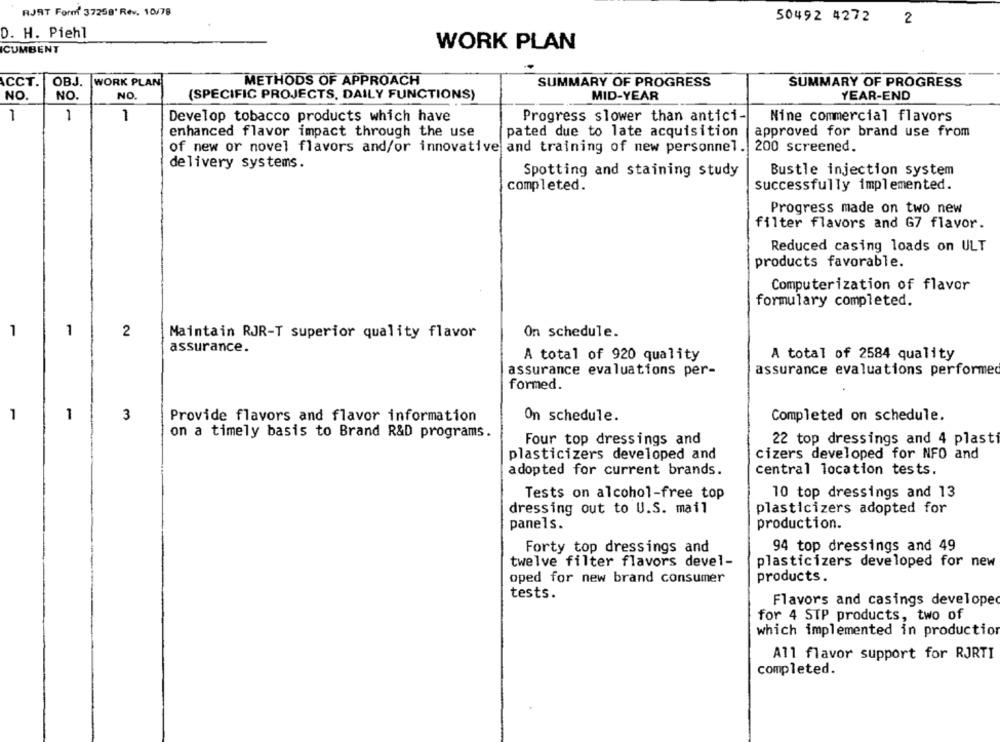
RJRT Form 37258' Rev. 10/78
50492 4272
2
D. H. Piehl
WORK PLAN
ICUMBENT
OBJ.
WORK PLAN
METHODS OF APPROACH
ACCT.
SUMMARY OF PROGRESS
SUMMARY OF PROGRESS
NO.
NO.
NO.
(SPECIFIC PROJECTS, DAILY FUNCTIONS)
MID-YEAR
YEAR-END
1
1
1
Develop tobacco products which have
Progress slower than antici-
Nine commercial flavors
enhanced flavor impact through the use
pated due to late acquisition
approved for brand use from
of new or novel flavors and/or innovative and training of new personnel. 200 screened.
delivery systems.
Spotting and staining study
Bustle injection system
successfully implemented.
completed.
Progress made on two new
filter flavors and G7 flavor.
Reduced casing loads on ULT
products favorable.
Computerization of flavor
formulary completed.
1
1
2
On schedule.
Maintain RJR-T superior quality flavor
assurance.
A total of 920 quality
A total of 2584 quality
assurance evaluations per-
assurance evaluations performed
formed.
1
1
3
Provide flavors and flavor information
On schedule.
Completed on schedule.
on a timely basis to Brand R&D programs.
Four top dressings and
22 top dressings and 4 plasti
plasticizers developed and
cizers developed for NFO and
adopted for current brands.
central location tests.
Tests on alcohol-free top
10 top dressings and 13
dressing out to U.S. mail
plasticizers adopted for
panels.
production.
Forty top dressings and
94 top dressings and 49
twelve filter flavors devel-
plasticizers developed for new
oped for new brand consumer
products.
tests.
Flavors and casings developed
for 4 STP products, two of
which implemented in production
All flavor support for RJRTI
completed.